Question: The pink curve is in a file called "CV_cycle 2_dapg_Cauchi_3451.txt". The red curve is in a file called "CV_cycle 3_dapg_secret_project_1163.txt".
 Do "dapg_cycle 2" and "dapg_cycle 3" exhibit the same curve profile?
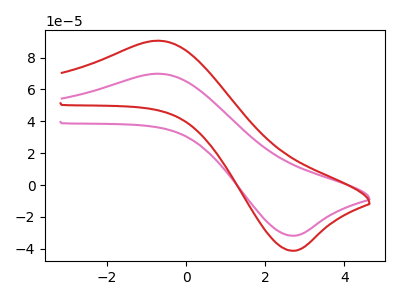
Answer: <think>The pink curve "dapg_cycle 2" has an anodic peak at (-0.70V, 69.85uA) and a cathodic peak at (2.65V, -31.75uA). The red curve "dapg_cycle 3" has an anodic peak at (-0.70V, 90.60uA) and a cathodic peak at (2.65V, -41.15uA).
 All the peaks in "dapg_cycle 2" have a peak in "dapg_cycle 3" at the same potential. Every peak in "dapg_cycle 2" is lower than every peak in "dapg_cycle 3".</think>
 <answer>"dapg_cycle 2" and "dapg_cycle 3" are similar in shape.</answer>
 <eval>same_shape</eval>